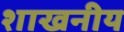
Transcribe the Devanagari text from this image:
शाखनीय